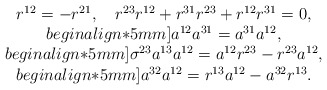
\begin{align*}\begin{array}{c} r^{12}=-r^{21},~~~r^{23}r^{12}+r^{31}r^{23}+r^{12}r^{31}=0,\\begin{align*}5mm]a^{12}a^{31}=a^{31}a^{12},\\begin{align*}5mm]\sigma^{23}a^{13}a^{12}=a^{12}r^{23}-r^{23}a^{12},\\begin{align*}5mm]a^{32}a^{12}=r^{13}a^{12}-a^{32}r^{13}.\end{array}\end{align*}